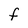
Character: F